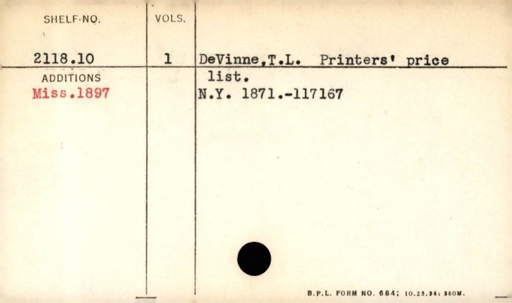
Label: content